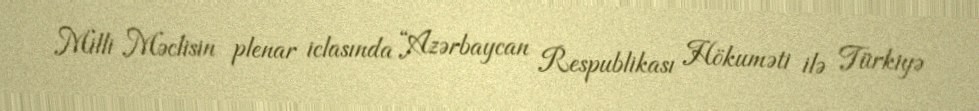
Milli Məclisin plenar iclasında “Azərbaycan Respublikası Hökuməti ilə Türkiyə